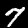
Digit: 7